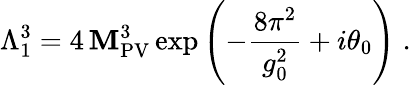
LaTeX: \Lambda_{1}^{3}=4\, \mathbf{M}_{\mathrm{{PV}}}^{3}\exp\left(-\frac{{8\pi^{2}}}{{g_{0}^{2}}}+i\theta_{0}\right)\; .